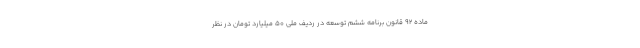
ماده ۹۲ قانون برنامه ششم توسعه در ردیف ملی ۵۰ میلیارد تومان در نظر